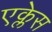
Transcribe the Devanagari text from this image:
एक्लेस